Statistical return of the lunatic asylum in Assam - 1912-1932
Year: 1912
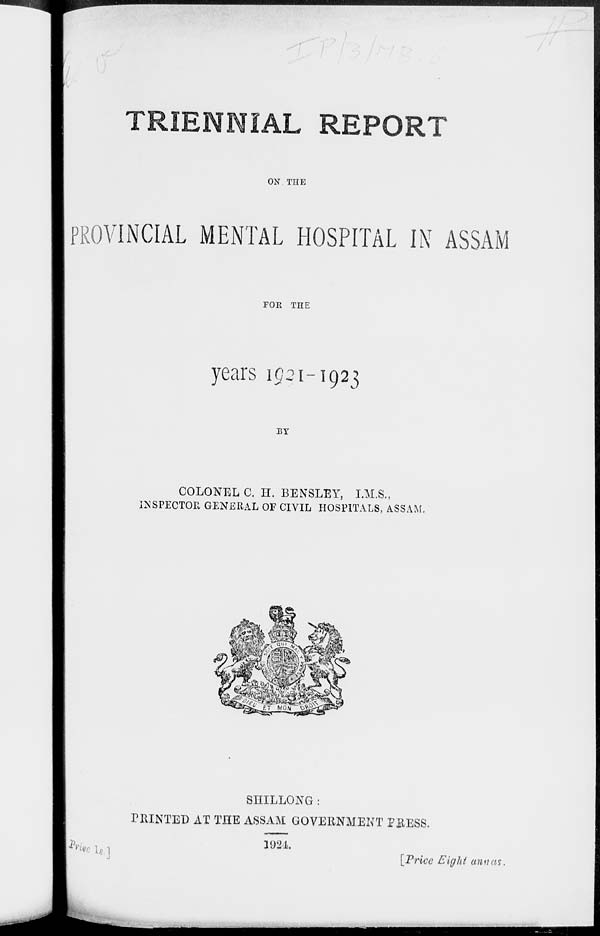
TRIENNIAL REPORT
ON THE
PROVINCIAL MENTAL HOSPITAL IN ASSAM
FOE THE
years 1921-1923
BY
COLONEL C. H. BENSLEY, I.M.S.,
INSPECTOR GENERAL OF CIVIL HOSPITALS, ASSAM.
eara
£T MON
£&
SHILLONG:
PRINTED AT THE ASSAM GOVERNMENT P&ESS.
l *]
1921
[Price Eight a tut at